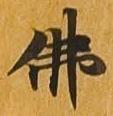
仏